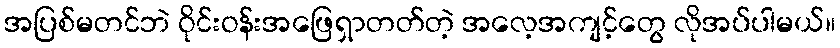
အပြစ်မတင်ဘဲ ဝိုင်းဝန်းအဖြေရှာတတ်တဲ့ အလေ့အကျင့်တွေ လိုအပ်ပါမယ်။